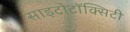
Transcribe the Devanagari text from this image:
साइटोटॉक्सिटी